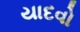
યાદવો